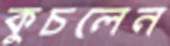
কুচলেন